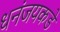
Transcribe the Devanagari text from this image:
धनंजयकडे